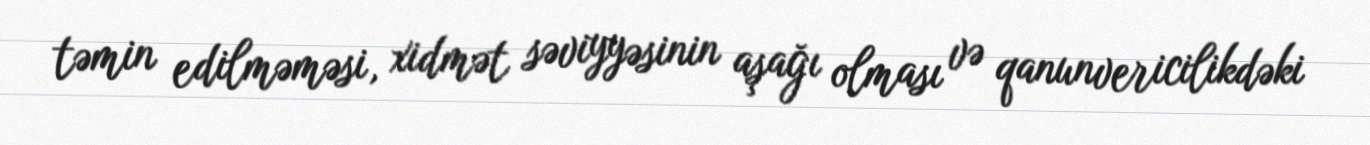
təmin edilməməsi, xidmət səviyyəsinin aşağı olması və qanunvericilikdəki